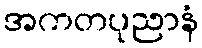
အကတပုညာနံ